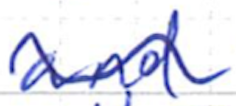
Text: and
Cross-out: wave
Writing tool: ballpoint